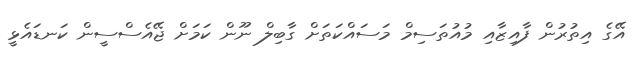
އޭގެ އިތުރުން ފާއިޒާއި މުއުތަސިމް މަސައްކަތަށް ގާބިލް ނޫން ކަމަށް ޖޭއެސްސީން ކަނޑައެޅީ